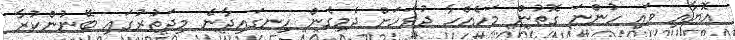
އޮޔާއި ވައި ހުންނަ ގޮތުން މަހެއްހާ ދުވަހަށް ދެމިގެން ހިނގައިދާނެ މިދަތުރުގައި ބޭނުންކުރާ